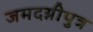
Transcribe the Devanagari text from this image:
जमदग्नीपुत्र